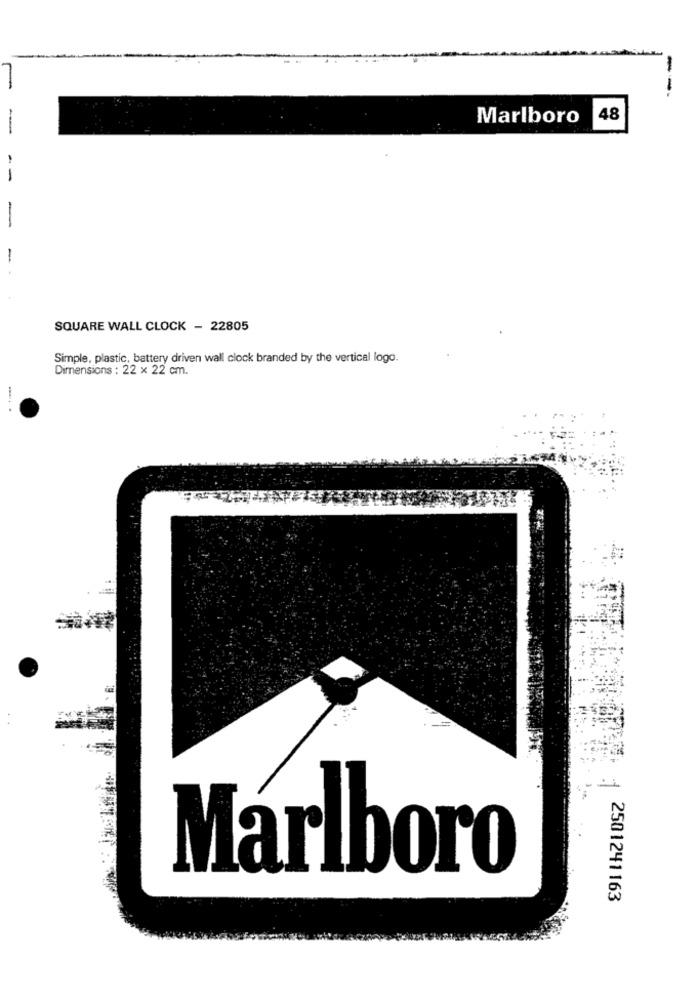
---
Marlboro
48
-
SQUARE WALL CLOCK - 22805
Simple, plastic, battery driven wall clock branded by the vertical logo.
Dimensions : 22 x 22 cm.
Marlboro
2501241163